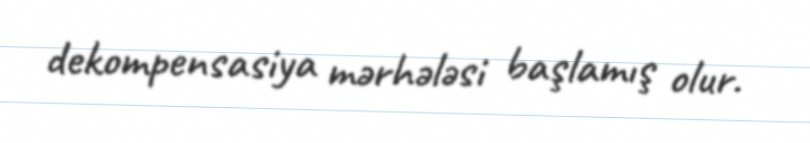
dekompensasiya mərhələsi başlamış olur.